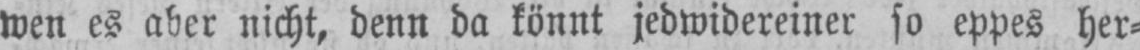
wen es aber nicht, denn da könnt jedwidereiner so eppes her⸗